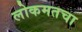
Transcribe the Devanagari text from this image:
लोकमतचा